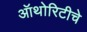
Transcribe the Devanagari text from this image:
ऑथोरिटीचे